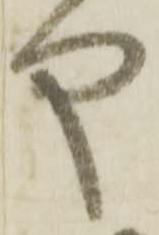
や